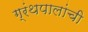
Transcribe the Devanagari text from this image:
ग्रंथपालांची